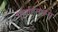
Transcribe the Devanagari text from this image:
पूर्णाहंतारूप